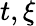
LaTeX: t,\xi